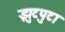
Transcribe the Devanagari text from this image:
झुटपुटा